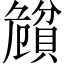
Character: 𲂵